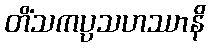
တိံသကပ္ပသဟဿာနိ